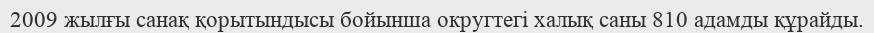
2009 жылғы санақ қорытындысы бойынша округтегі халық саны 810 адамды құрайды.